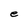
Character: e